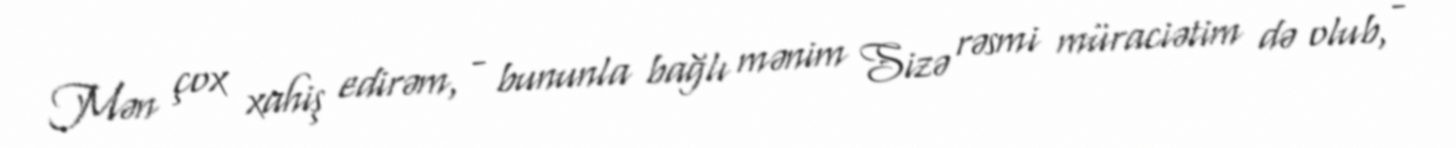
Mən çox xahiş edirəm, - bununla bağlı mənim Sizə rəsmi müraciətim də olub, -